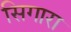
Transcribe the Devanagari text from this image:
सिगारा